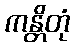
ကန္တိတုံ